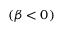
\left( \beta < 0 \right)